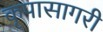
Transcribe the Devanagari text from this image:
कृपासागरी